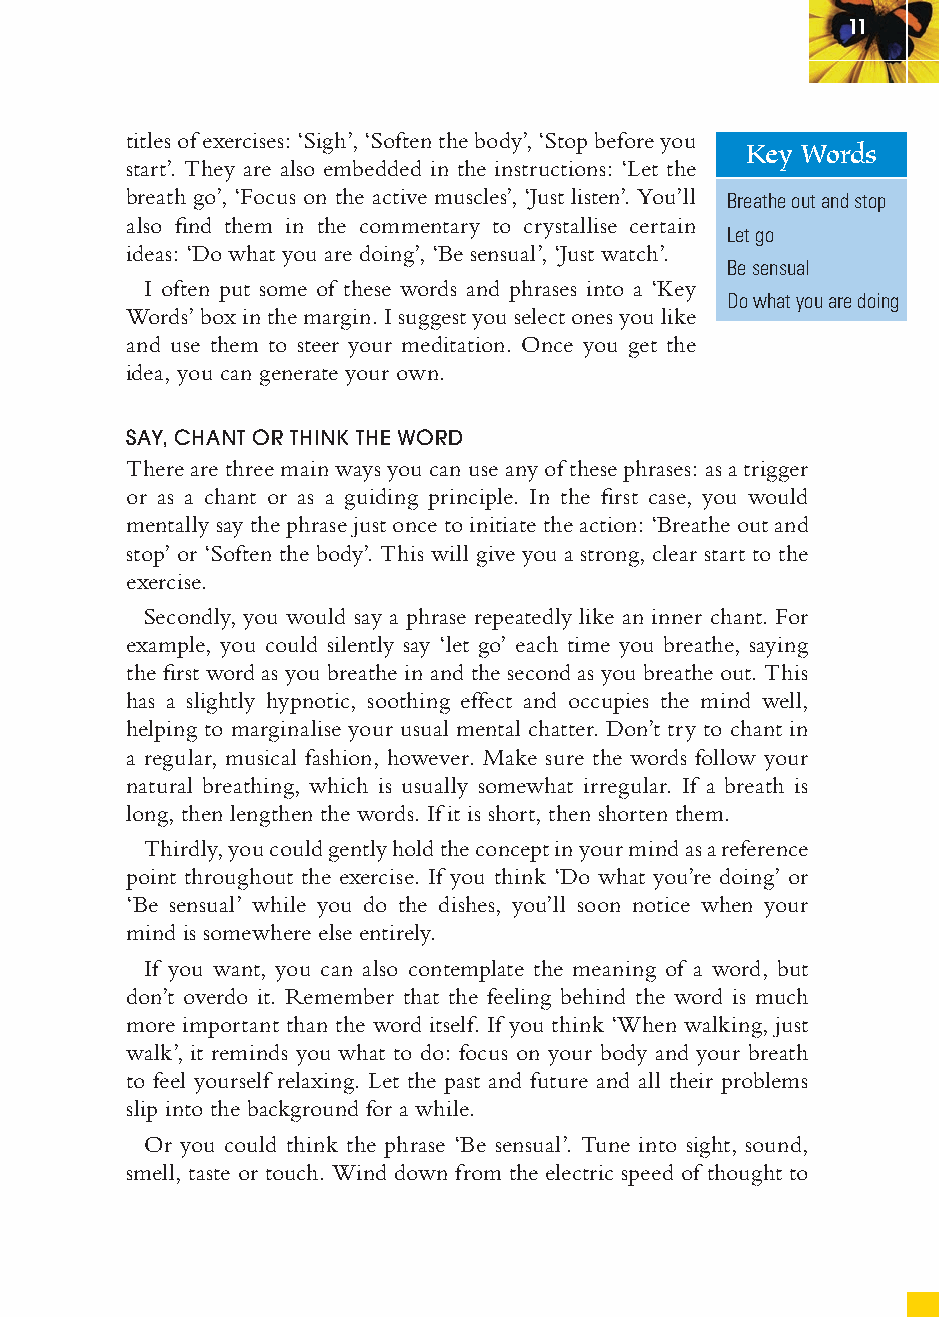
11
 titles of exercises: ‘Sigh’, ‘Soften the body’, ‘Stop before you
 Key Words
 start’. They are also embedded in the instructions: ‘Let the
 breath go’, ‘Focus on the active muscles’, ‘Just listen’. You’ll Breathe out and stop
 also fi nd them in the commentary to crystallise certain
 Let go
 ideas: ‘Do what you are doing’, ‘Be sensual’, ‘Just watch’.
 Be sensual
 I often put some of these words and phrases into a ‘Key
 Do what you are doing
 Words’ box in the margin. I suggest you select ones you like
 and use them to steer your meditation. Once you get the
 idea, you can generate your own.
 SAY, CHANT OR THINK THE WORD
 There are three main ways you can use any of these phrases: as a trigger
 or as a chant or as a guiding principle. In the fi rst case, you would
 mentally say the phrase just once to initiate the action: ‘Breathe out and
 stop’ or ‘Soften the body’. This will give you a strong, clear start to the
 exercise.
 Secondly, you would say a phrase repeatedly like an inner chant. For
 example, you could silently say ‘let go’ each time you breathe, saying
 the fi rst word as you breathe in and the second as you breathe out. This
 has a slightly hypnotic, soothing effect and occupies the mind well,
 helping to marginalise your usual mental chatter. Don’t try to chant in
 a regular, musical fashion, however. Make sure the words follow your
 natural breathing, which is usually somewhat irregular. If a breath is
 long, then lengthen the words. If it is short, then shorten them.
 Thirdly, you could gently hold the concept in your mind as a reference
 point throughout the exercise. If you think ‘Do what you’re doing’ or
 ‘Be sensual’ while you do the dishes, you’ll soon notice when your
 mind is somewhere else entirely.
 If you want, you can also contemplate the meaning of a word, but
 don’t overdo it. Remember that the feeling behind the word is much
 more important than the word itself. If you think ‘When walking, just
 walk’, it reminds you what to do: focus on your body and your breath
 to feel yourself relaxing. Let the past and future and all their problems
 slip into the background for a while.
 Or you could think the phrase ‘Be sensual’. Tune into sight, sound,
 smell, taste or touch. Wind down from the electric speed of thought to
 ffiivvee__220000667788..iinndddd SSeecc11::1155     3300//55//0055 55::0033::2233 PPMM